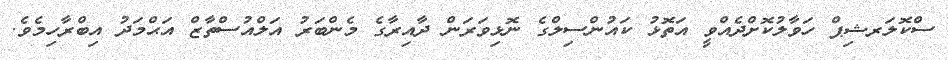
ސްކޮލަރޝިޕް ހަވާލުކޮށްދެއްވީ އަތޮޅު ކައުންސިލްގެ ނޮޅިވަރަން ދާއިރާގެ މެންބަރު އަލްއުސްތާޒް އަޙްމަދު އިބްރާހިމެވެ.